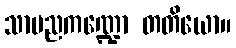
သာမညကဏ္ဍော တတိယော။